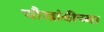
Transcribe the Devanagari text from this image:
चौखांबीच्या